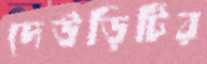
দেউড়িটির